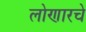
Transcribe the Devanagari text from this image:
लोणारचे